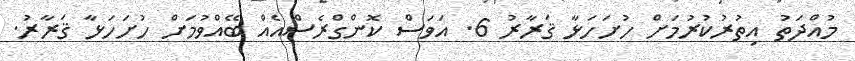
މުއްދަތު އިތުރުކުރުމަށް ހުށަހަޅާ ޤަރާރު 6. އަވަސް ކޮންގްރެސްއެއް ބޭއްވުމަށް ހުށަހަޅާ ޤަރާރު.